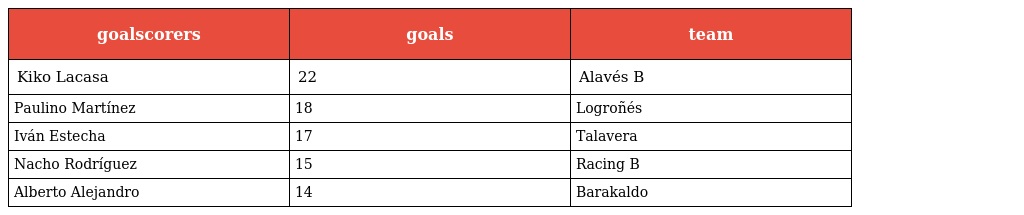
| goalscorers | goals | team |
 | --- | --- | --- |
 | Kiko Lacasa | 22 | Alavés B |
 | Paulino Martínez | 18 | Logroñés |
 | Iván Estecha | 17 | Talavera |
 | Nacho Rodríguez | 15 | Racing B |
 | Alberto Alejandro | 14 | Barakaldo |